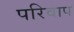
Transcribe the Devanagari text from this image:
परिवाप